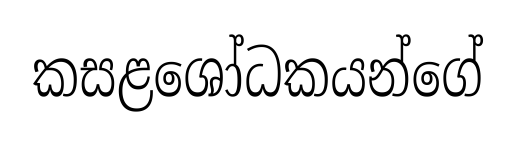
කසළශෝධකයන්ගේ